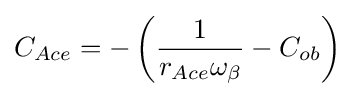
C_{Ace}=-\left({\frac {1}{r_{Ace}\omega _{\beta }}}-C_{ob}\right)